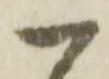
一